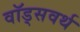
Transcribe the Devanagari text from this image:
वॉड्सवर्थ